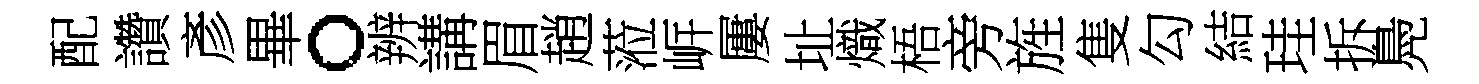
配讚彥畢。辨講眉趙蒞㟁屢址熾梧旁旌隻勾結珪拆鳧